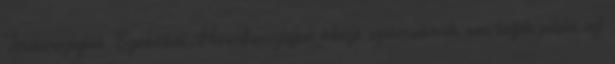
Törökországból, Szerbiából, Horváthországból érkező szakmunkások nem tudják pótolni azt